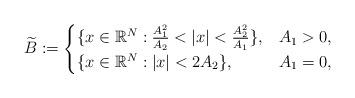
LaTeX: \begin{align*}\widetilde B:= \begin{cases}\{x\in\mathbb R^N: \frac{A_1^2}{A_2}<|x|<\frac{A_2^2}{A_1}\}, & A_1>0,\\ \{x\in\mathbb R^N: |x|<2A_2\}, & A_1=0,\end{cases}\end{align*}